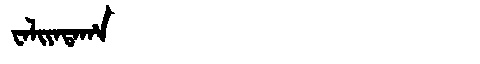
Manchu: ᠸᠠᠯᡳᠶᠠᡨᠠᡥᠠ
Romanization: WALIYATAHA